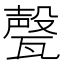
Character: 𱰎